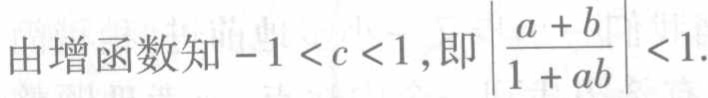
由增函数知\(-1 < c < 1\),即\(\left|\frac{a + b}{1 + ab}\right| < 1\).